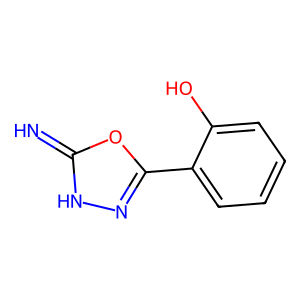
SMILES: N=c1[nH]nc(-c2ccccc2O)o1
Inhibits HIV replication: No